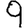
Digit: 9